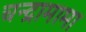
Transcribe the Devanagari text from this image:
चन्द्रामामा